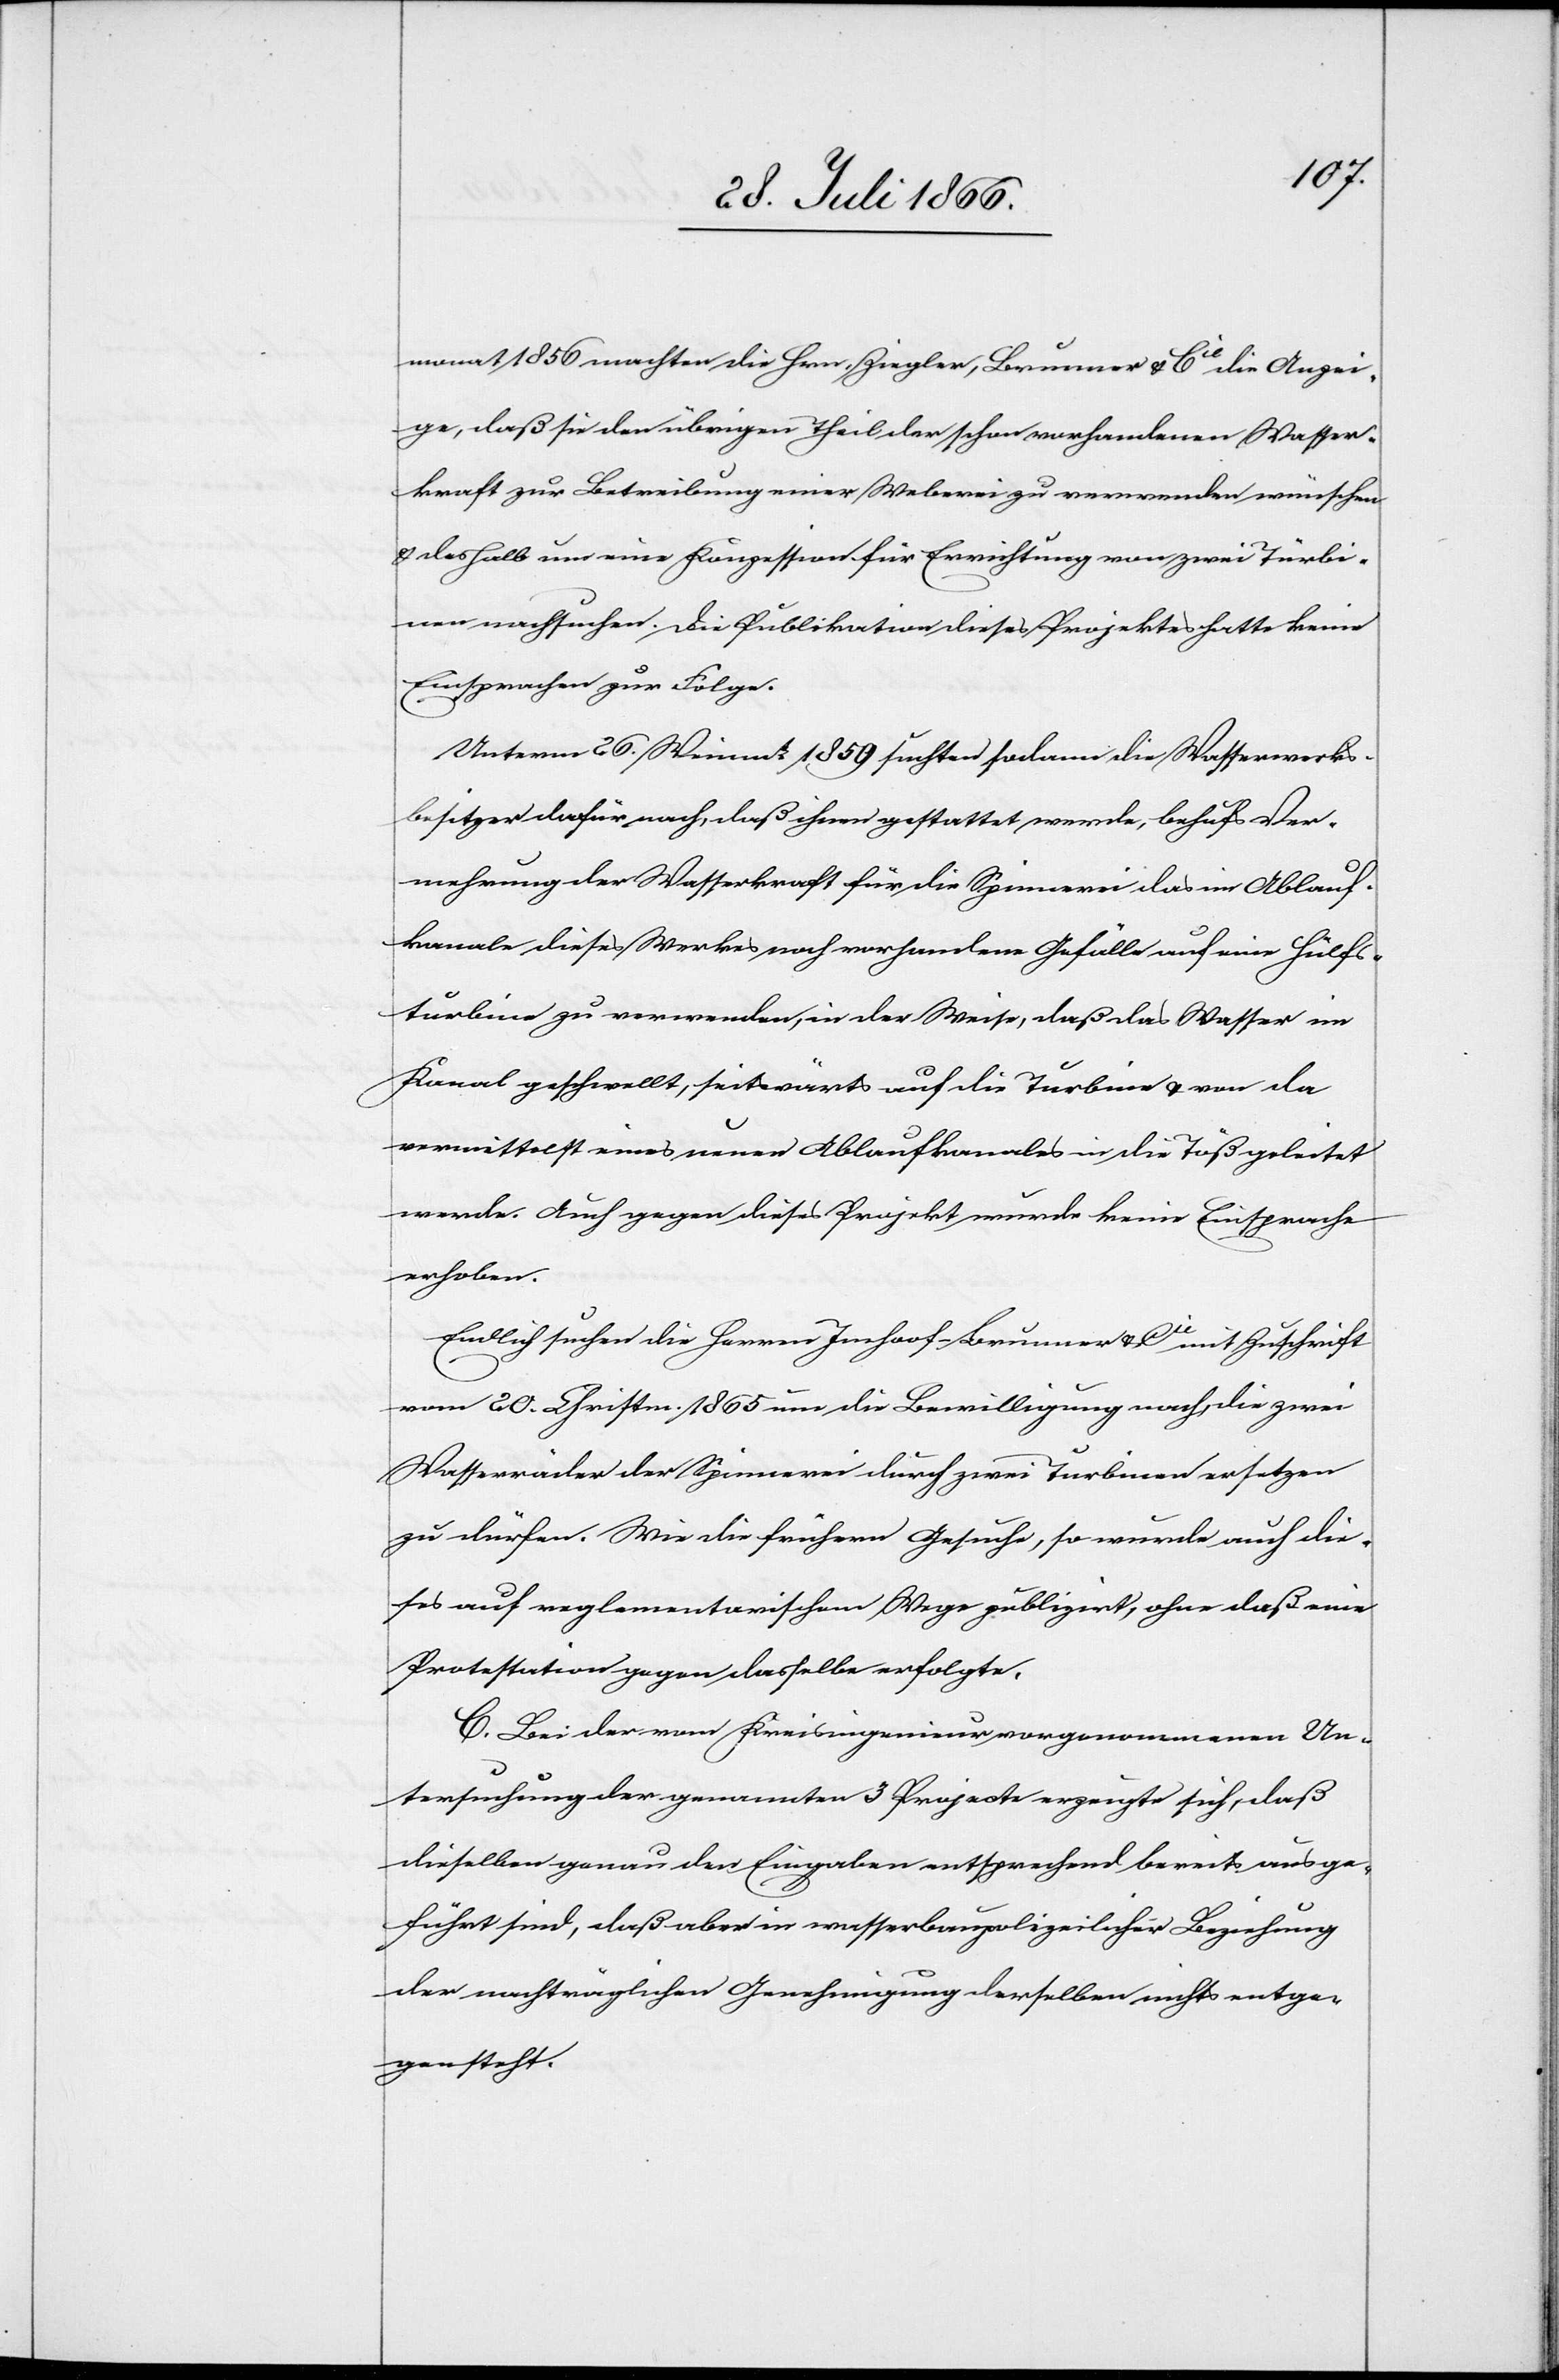
monat 1850 machten die Hrn. Ziegler, Brunner u. Cie die Anzei¬
ge, daß sie den übrigen Theil der schon vorhandenen Wasser¬
kraft zur Betreibung einer Weberei zu verwenden wünschen
u. deshalb um eine Konzession für Errichtung von zwei Türbi¬
nen nachsuchen. Die Publikation dieses Projektes hatte keine
Einsprachen zur Folge.
Unterm 20. Weinmt 1859 suchten sodann die Wasserwerks¬
besitzer dafür nach, daß ihnen gestattet werde, behufs Ver¬
mehrung der Wasserkraft für die Spinnerei das im Ablauf¬
kanale dieses Werkes noch vorhandene Gefälle auf einer Hülfs¬
turbine zu verwenden, in der Weise, daß das Wasser im
Kanal geschwellt, seitwärts auf die Turbine u. von da
vermittelst eines neuen Ablaufkanales in die Töß geleitet
werde. Auch gegen dieses Projekt wurde keine Einsprache
erhoben.
Endlich suchen die Herren Imhoof-Brunner u. Cie [sic!] mit Zuschrift
vom 20. Christm. 1865 um die Bewilligung nach, die zwei
Wasserräder der Spinnerei durch zwei Turbinen ersetzen
zu dürfen. Wie die frühern Gesuche, so wurde auch die¬
ses auf reglementarischem Wege publizirt, ohne daß eine
Protestation gegen dasselbe erfolgte.
C. Bei der vom Kreisingenieur vorgenommenen Un¬
tersuchung der genannten 3 Projecte erzeigte sich, daß
dieselben genau den Eingaben entsprechend bereits ausge¬
führt sind, daß aber in wasserbaupolizeilicher Beziehung
der nachträglichen Genehmigung derselben nichts entge¬
gensteht.